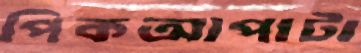
পিকআপাটা